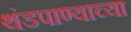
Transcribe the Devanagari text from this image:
थंडपाण्याच्या